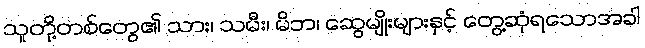
သူတို့တစ်တွေ၏ သား၊ သမီး၊ မိဘ၊ ဆွေမျိုးများနှင့် တွေ့ဆုံရသောအခါ